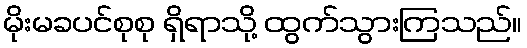
မိုးမခပင်စုစု ရှိရာသို့ ထွက်သွားကြသည်။